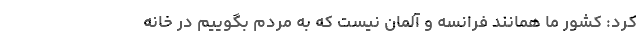
کرد: کشور ما همانند فرانسه و آلمان نیست که به مردم بگوییم در خانه